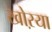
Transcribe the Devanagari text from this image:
खोऱया